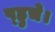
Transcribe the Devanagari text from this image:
प्‌हुचे।